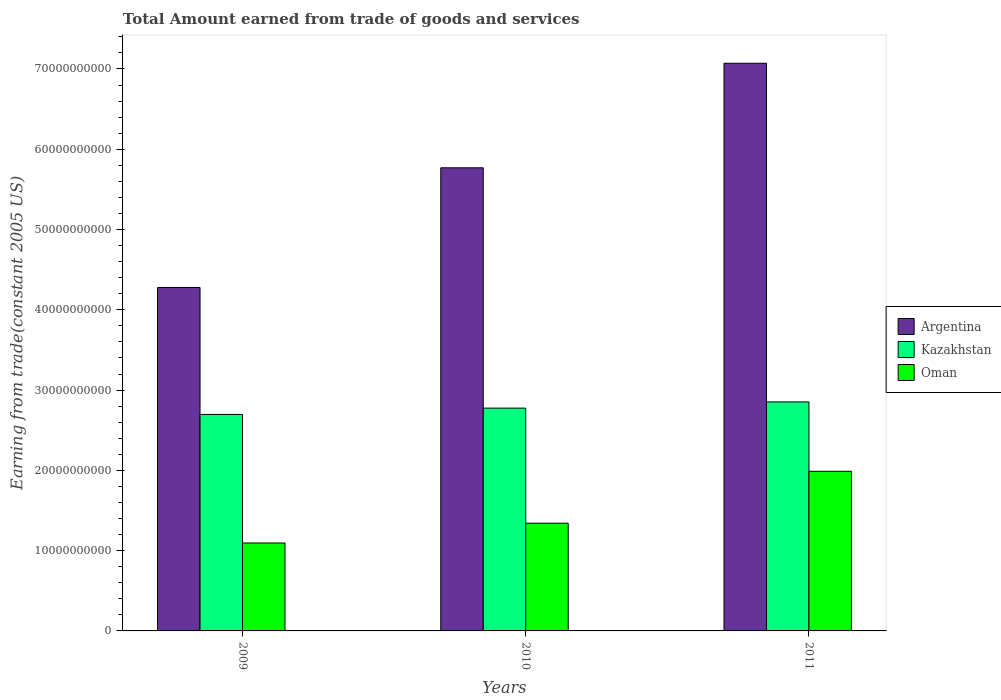
| Years | Argentina | Kazakhstan | Oman |
 | --- | --- | --- | --- |
 | 2009 | 4.28e+10 | 2.7e+10 | 1.1e+10 |
 | 2010 | 5.77e+10 | 2.78e+10 | 1.34e+10 |
 | 2011 | 7.07e+10 | 2.85e+10 | 1.99e+10 |